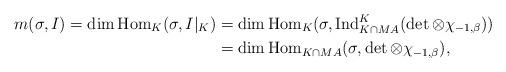
LaTeX: \begin{align*}m(\sigma,I)=\dim\mathrm{Hom}_{K}(\sigma,I|_{K}) & =\dim\mathrm{Hom}_{K}(\sigma,\mathrm{Ind}_{K\cap MA}^{K}(\det\otimes\chi_{-1,\beta}))\\ & =\dim\mathrm{Hom}_{K\cap MA}(\sigma,\det\otimes\chi_{-1,\beta}),\end{align*}